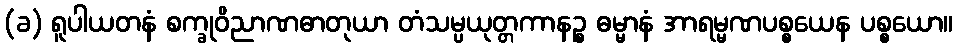
(ခ) ရူပါယတနံ စက္ခုဝိညာဏဓာတုယာ တံသမ္ပယုတ္တကာနဉ္စ ဓမ္မာနံ အာရမ္မဏပစ္စယေန ပစ္စယော။